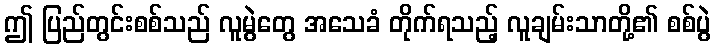
ဤ ပြည်တွင်းစစ်သည် လူမွဲတွေ အသေခံ တိုက်ရသည့် လူချမ်းသာတို့၏ စစ်ပွဲ